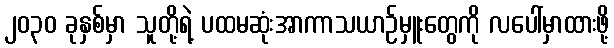
၂၀၃၀ ခုနှစ်မှာ သူတို့ရဲ့ ပထမဆုံးအာကာသယာဉ်မှူးတွေကို လပေါ်မှာထားဖို့